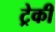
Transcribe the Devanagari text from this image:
ट्रेकी